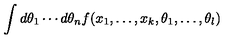
\int d \theta _ { 1 } \cdots d \theta _ { n } f ( x _ { 1 } , \ldots , x _ { k } , \theta _ { 1 } , \ldots , \theta _ { l } )